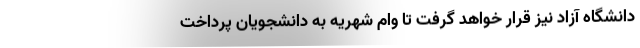
دانشگاه آزاد نیز قرار خواهد گرفت تا وام شهریه به دانشجویان پرداخت